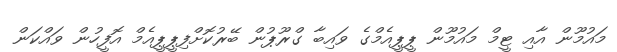
މައުމޫން އާއި ޓީމް މައުމޫން ޕީޕީއެމްގެ ވައިބާ ގްރޫޕުން ބޭރުކޮށްފިޕީޕީއެމް އޮފީހުން ވައްކަން